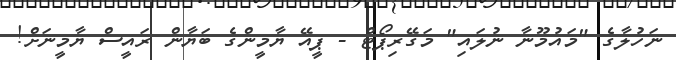
ނަހުލާގެ "މައުމޫނާ ނުލައި" މަގޭރިޕޯޓް - ޕީއޭ ޔާމީންގެ ބަޔާން ރައީސް ޔާމީނަށް!